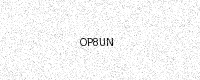
Text: OP8UN